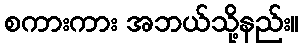
စကားကား အဘယ်သို့နည်း။